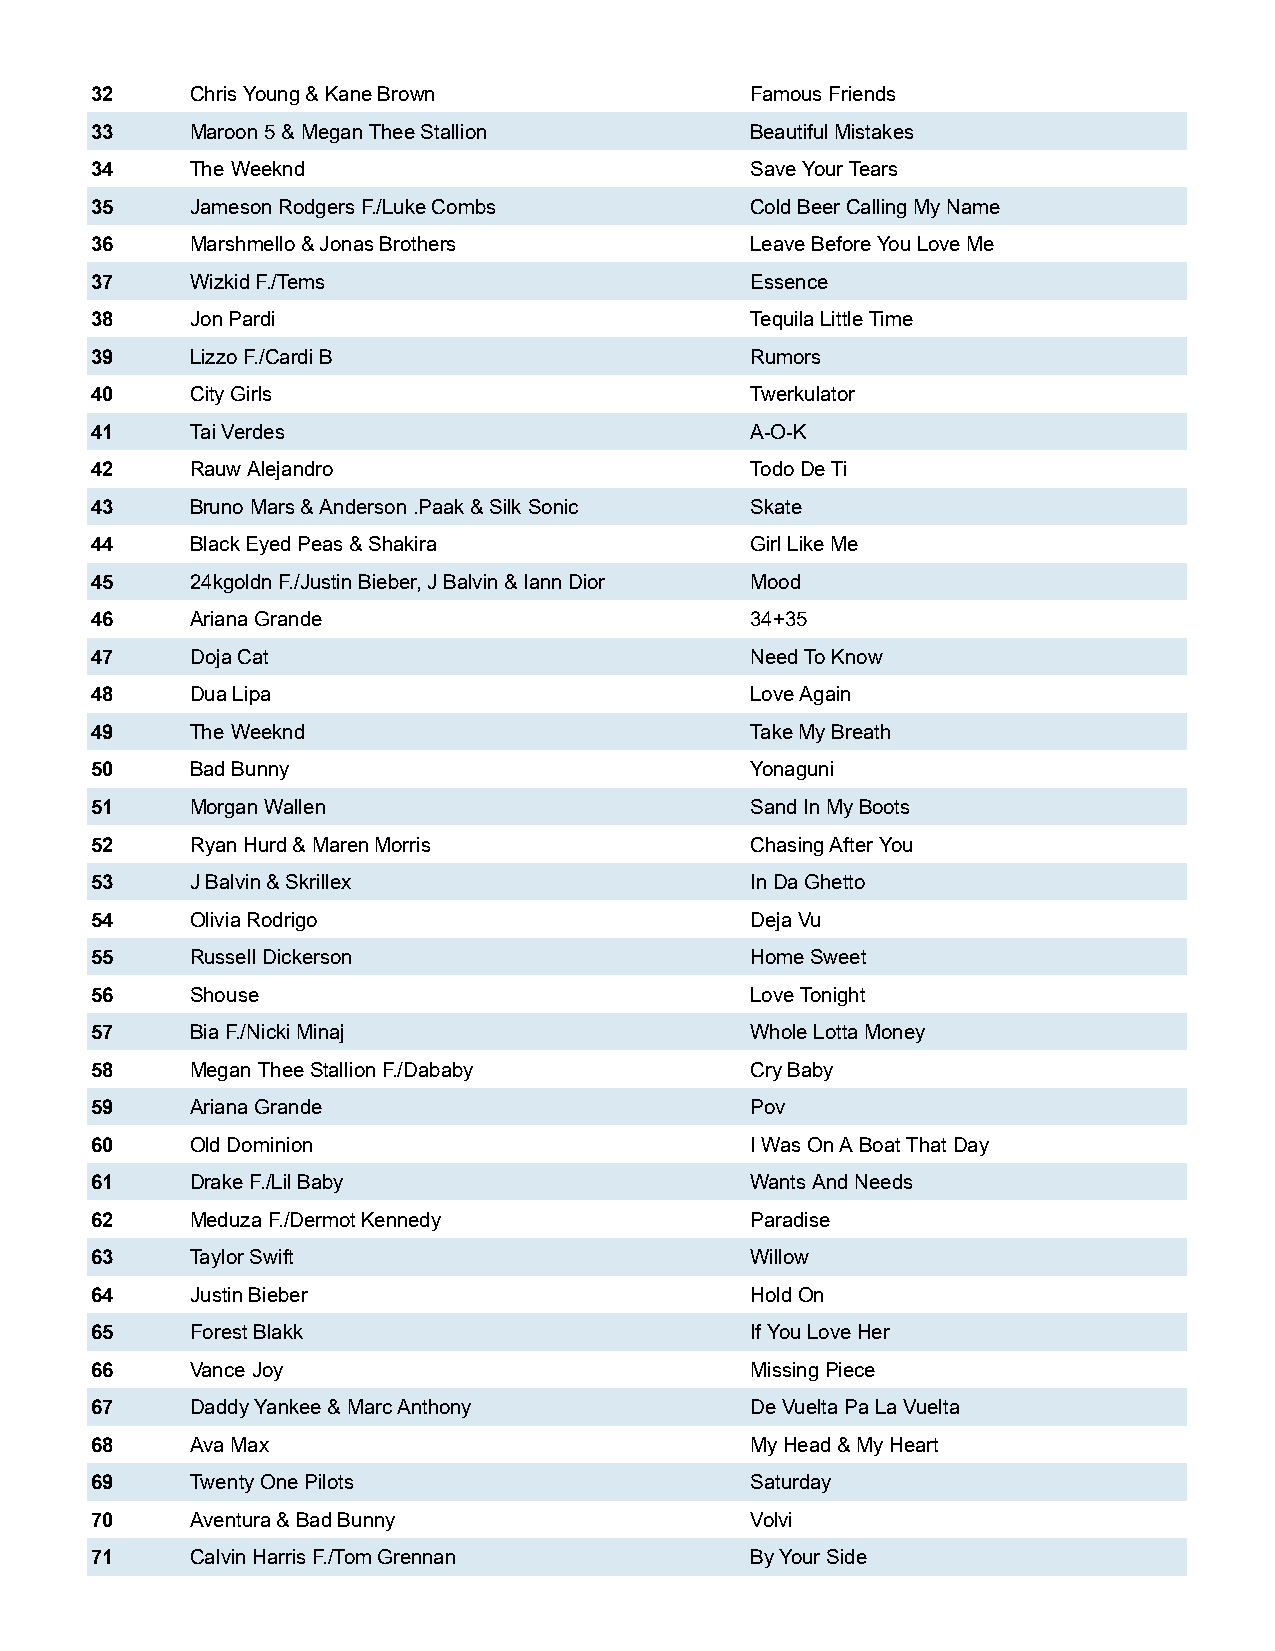
32     Chris Young & Kane Brown             Famous Friends
 33     Maroon 5 & Megan Thee Stallion       Beautiful Mistakes
 34     The Weeknd                           Save Your Tears
 35     Jameson Rodgers F./Luke Combs        Cold Beer Calling My Name
 36     Marshmello & Jonas Brothers          Leave Before You Love Me
 37     Wizkid F./Tems                       Essence
 38     Jon Pardi                            Tequila Little Time
 39     Lizzo F./Cardi B                     Rumors
 40     City Girls                           Twerkulator
 41     Tai Verdes                           A-O-K
 42     Rauw Alejandro                       Todo De Ti
 43     Bruno Mars & Anderson .Paak & Silk Sonic Skate
 44     Black Eyed Peas & Shakira            Girl Like Me
 45     24kgoldn F./Justin Bieber, J Balvin & Iann Dior Mood
 46     Ariana Grande                        34+35
 47     Doja Cat                             Need To Know
 48     Dua Lipa                             Love Again
 49     The Weeknd                           Take My Breath
 50     Bad Bunny                            Yonaguni
 51     Morgan Wallen                        Sand In My Boots
 52     Ryan Hurd & Maren Morris             Chasing After You
 53     J Balvin & Skrillex                  In Da Ghetto
 54     Olivia Rodrigo                       Deja Vu
 55     Russell Dickerson                    Home Sweet
 56     Shouse                               Love Tonight
 57     Bia F./Nicki Minaj                   Whole Lotta Money
 58     Megan Thee Stallion F./Dababy        Cry Baby
 59     Ariana Grande                        Pov
 60     Old Dominion                         I Was On A Boat That Day
 61     Drake F./Lil Baby                    Wants And Needs
 62     Meduza F./Dermot Kennedy             Paradise
 63     Taylor Swift                         Willow
 64     Justin Bieber                        Hold On
 65     Forest Blakk                         If You Love Her
 66     Vance Joy                            Missing Piece
 67     Daddy Yankee & Marc Anthony          De Vuelta Pa La Vuelta
 68     Ava Max                              My Head & My Heart
 69     Twenty One Pilots                    Saturday
 70     Aventura & Bad Bunny                 Volvi
 71     Calvin Harris F./Tom Grennan         By Your Side